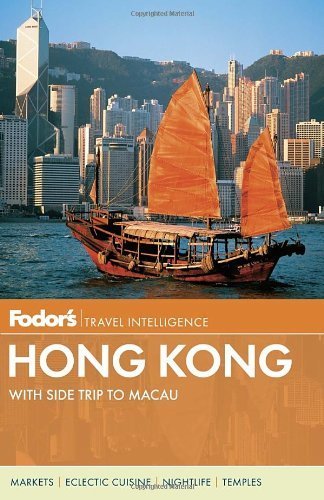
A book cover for Fodor's Hong Kong: with a Side Trip to Macau (Full-color Travel Guide) by Fodor's (2013) Paperback; Fodor's; Travel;